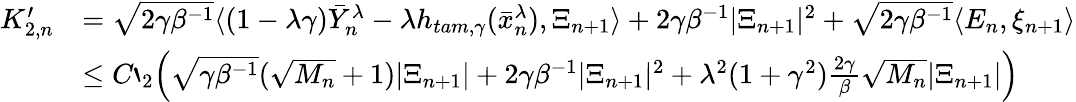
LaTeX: \begin{array}{rl}{K_{2,n}^{\prime}}&{=\sqrt{2\gamma\beta^{-1}}\langle(1-\lambda\gamma)\bar{Y}_{n}^{\lambda}-\lambda h_{tam,\gamma}(\bar{x}_{n}^{\lambda}),\Xi_{n+1}\rangle+2\gamma\beta^{-1}|\Xi_{n+1}|^{2}+\sqrt{2\gamma\beta^{-1}}\langle E_{n},\xi_{n+1}\rangle}\\ &{\leq C`_{2}\left(\sqrt{\gamma\beta^{-1}}(\sqrt{M_{n}}+1)|\Xi_{n+1}|+2\gamma\beta^{-1}|\Xi_{n+1}|^{2}+\lambda^{2}(1+\gamma^{2})\frac{2\gamma}{\beta}\sqrt{M_{n}}|\Xi_{n+1}|\right)}\end{array}